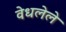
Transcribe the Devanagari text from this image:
वेधलेले